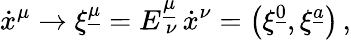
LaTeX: {\dot{x}}^{\mu}\to\xi^{\underline{{{\mu}}}}=E_{\ \nu}^{\underline{{{\mu}}}}\, {\dot{x}}^{\nu}=\left(\xi^{\underline{{{0}}}},\xi^{\underline{{{a}}}}\right)\, ,